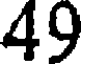
49